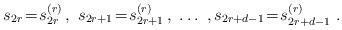
LaTeX: \begin{align*} s_{2r}\! =\! s_{2r}^{(r)} \, , \ s_{2r+1}\! =\! s_{2r+1}^{(r)} \, , \ \ldots \ , s_{2r+d-1}\! = \! s_{2r+d-1}^{(r)} \ .\end{align*}